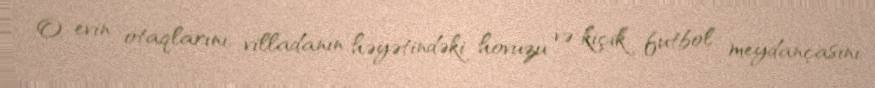
O, evin otaqlarını, villadanın həyətindəki hovuzu və kiçik futbol meydançasını